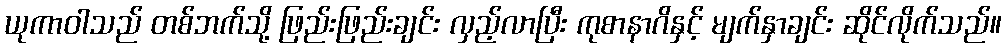
ယုကာဝါသည် တစ်ဘက်သို့ ဖြည်းဖြည်းချင်း လှည့်လာပြီး ကုစာနာဂိနှင့် မျက်နှာချင်း ဆိုင်လိုက်သည်။